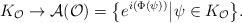
LaTeX: \begin{gather*}K_{\mathcal{O}}\rightarrow\mathcal{A}(\mathcal{O})=\big\{e^{i(\Phi(\psi))}\big|\psi\in K_{\mathcal{O}}\big\}.\end{gather*}